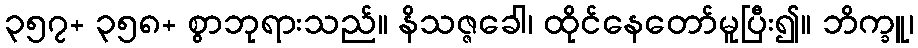
၃၅၇+ ၃၅၈+ စွာဘုရားသည်။ နိသဇ္ဇခေါ၊ ထိုင်နေတော်မူပြီး၍။ ဘိက္ခူ၊